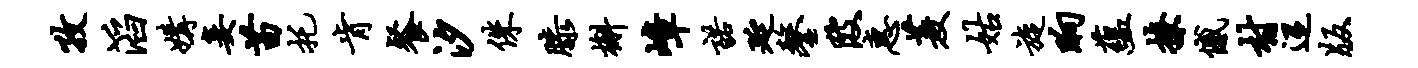
孜滔媾妾苗托肯餐汐侏膝槲嶂诺延鏊陂惠菱姑旋晌蕴撩憾村迢版